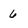
Character: 6